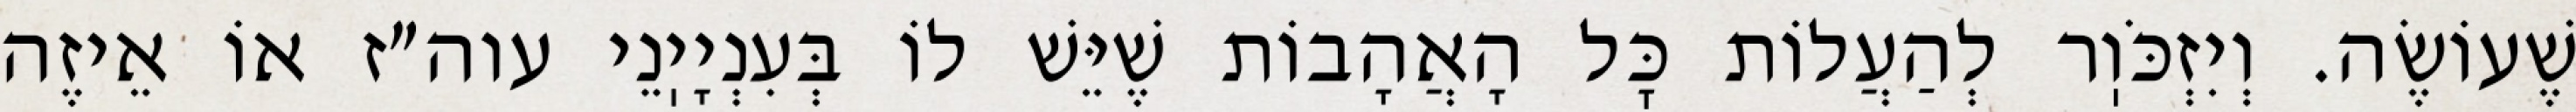
שֶׁעוֹשֶׂה. וְיִזְכֹּוֽר לְהַעֲלוֹת כׇּל הָאֲהָבוֹת שֶׁיֵּשׁ לוֹ בְּעִנְיָיֽנֵי עוה״ז אוֹ אֵיזֶה